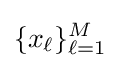
\{x_{\ell }\}_{\ell =1}^{M}